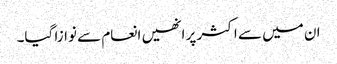
ان میں سے اکثر پر انھیں انعام سے نوازا گیا۔